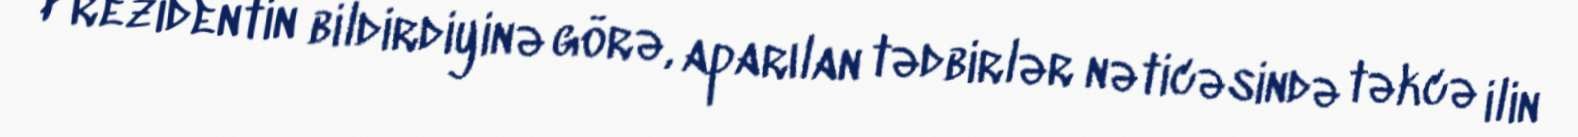
Prezidentin bildirdiyinə görə, aparılan tədbirlər nəticəsində təkcə ilin